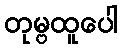
တုမ္ဗထူပေါ